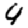
Digit: 4